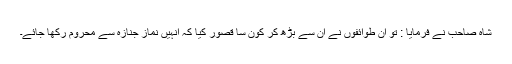
شاہ صاحب نے فرمایا : تو ان طوائفوں نے ان سے بڑھ کر کون سا قصور کیا کہ انہیں نماز جنازہ سے محروم رکھا جائے۔